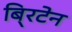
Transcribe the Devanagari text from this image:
बि्रटेन